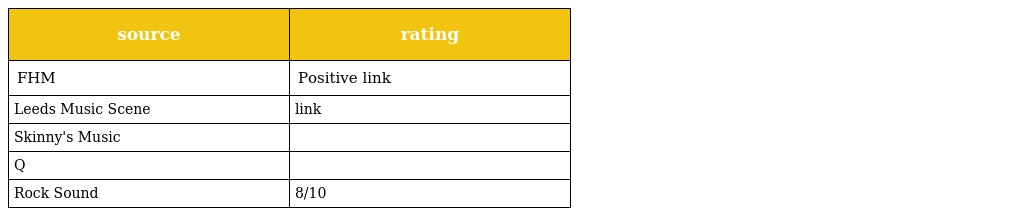
| source | rating |
 | --- | --- |
 | FHM | Positive link |
 | Leeds Music Scene | link |
 | Skinny's Music |  |
 | Q |  |
 | Rock Sound | 8/10 |